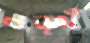
ণড়্থঁ